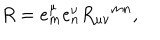
R = e _ { m } ^ { \mu } e _ { n } ^ { \nu } R _ { \mu \nu } { } ^ { m n } ,